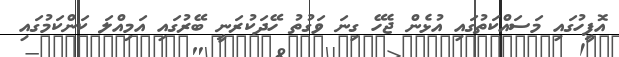
އޮފީހުގައި މަސައްކަތުގައި އުޅެން ޖެހޭ ގިނަ ވަގުތު ހޭދަކުރަނީ ބޭރުގައި އަމިއްލަ ކަންކަމުގައި